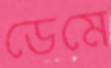
ডেমে